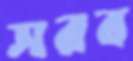
সরব